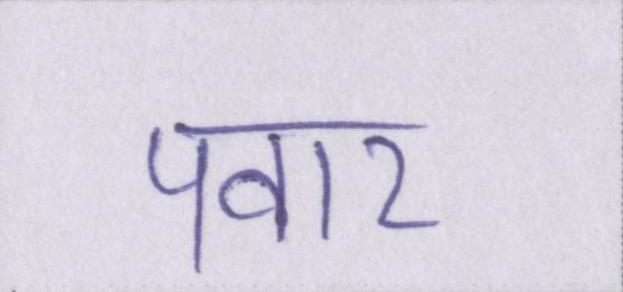
पवार